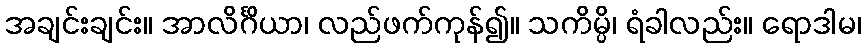
အချင်းချင်း။ အာလိင်္ဂိယာ၊ လည်ဖက်ကုန်၍။ သကိမ္ပိ၊ ရံခါလည်း။ ရောဒါမ၊